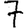
Digit: 7